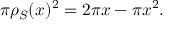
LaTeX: \pi \rho _ { S } ( x ) ^ { 2 } = 2 \pi x - \pi x ^ { 2 } .